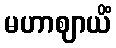
မဟာဈာယိံ